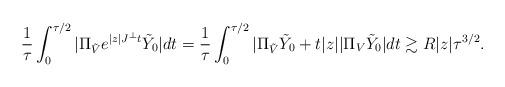
LaTeX: \begin{align*} \frac{1}{\tau}\int_0^{\tau/2}|\Pi_{\tilde{V}} e^{|z| J^\perp t}\tilde{Y}_0|dt = \frac{1}{\tau}\int_0^{\tau/2} |\Pi_{\tilde{V}} \tilde{Y}_0 + t|z| |\Pi_V \tilde{Y}_0| dt \gtrsim R |z|\tau^{3/2}.\end{align*}